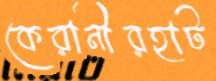
কেরানীরহাট